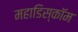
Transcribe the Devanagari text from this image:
महाडिस्कॉम